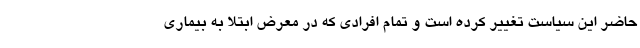
حاضر این سیاست تغییر کرده است و تمام افرادی که در معرض ابتلا به بیماری